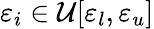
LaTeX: \varepsilon_{i}\in\mathcal{U}[\varepsilon_{l},\varepsilon_{u}]